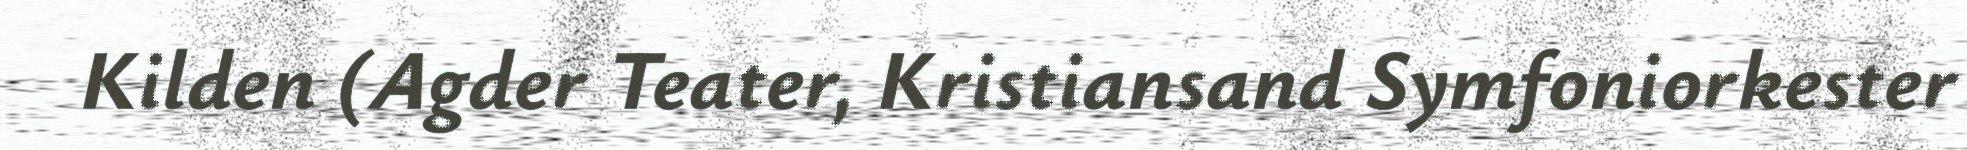
Kilden (Agder Teater, Kristiansand Symfoniorkester